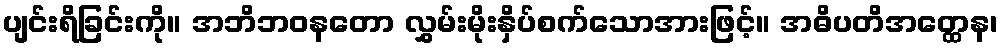
ပျင်းရိခြင်းကို။ အဘိဘဝနတော လွှမ်းမိုးနှိပ်စက်သောအားဖြင့်။ အဓိပတိအတ္ထေန၊